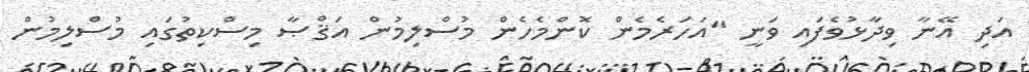
އަދި އޭނާ ވިދާޅުވެފައި ވަނީ "އަހަރެމެން ކޮންމެހެން މުސްލިމުން އަޤްޞާ މިސްކިތުގައި މުސްލިމުން